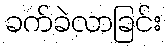
ခက်ခဲလာခြင်း